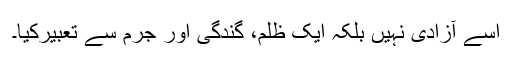
اسے آزادی نہیں بلکہ ایک ظلم، گندگی اور جرم سے تعبیرکیا۔